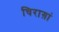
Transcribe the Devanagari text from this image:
चिराग़ां